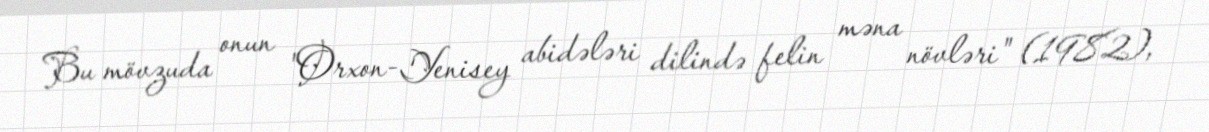
Bu mövzuda onun "Orxon-Yenisey abidələri dilində felin məna növləri" (1982),